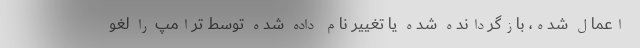
اعمال شده، بازگردانده شده یا تغییر نام داده شده توسط ترامپ را لغو